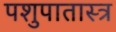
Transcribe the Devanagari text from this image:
पशुपातास्त्र